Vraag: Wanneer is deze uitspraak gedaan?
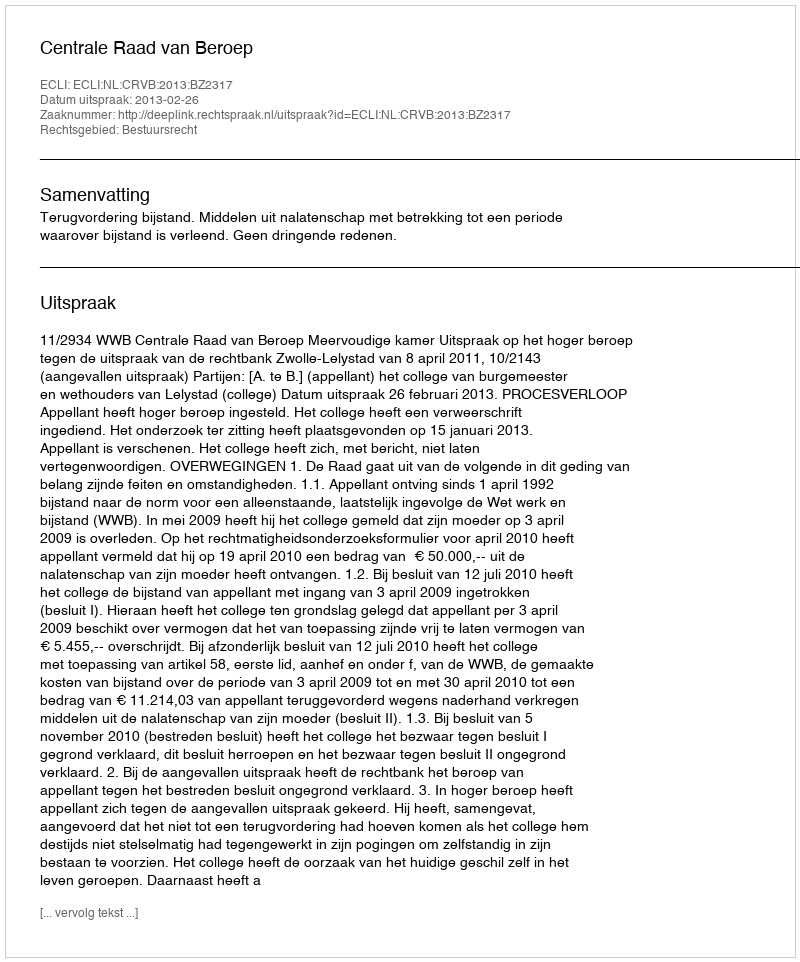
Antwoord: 2013-02-26